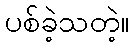
ပစ်ခဲ့သတဲ့။